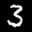
Label: 3